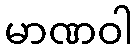
မာဏဝါ